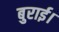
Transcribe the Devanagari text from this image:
बुराई।